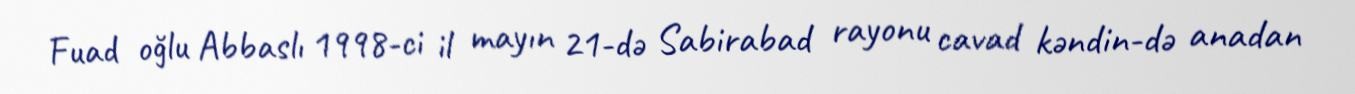
Fuad oğlu Abbaslı 1998-ci il mayın 21-də Sabirabad rayonu cavad kəndin-də anadan